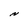
Character: N